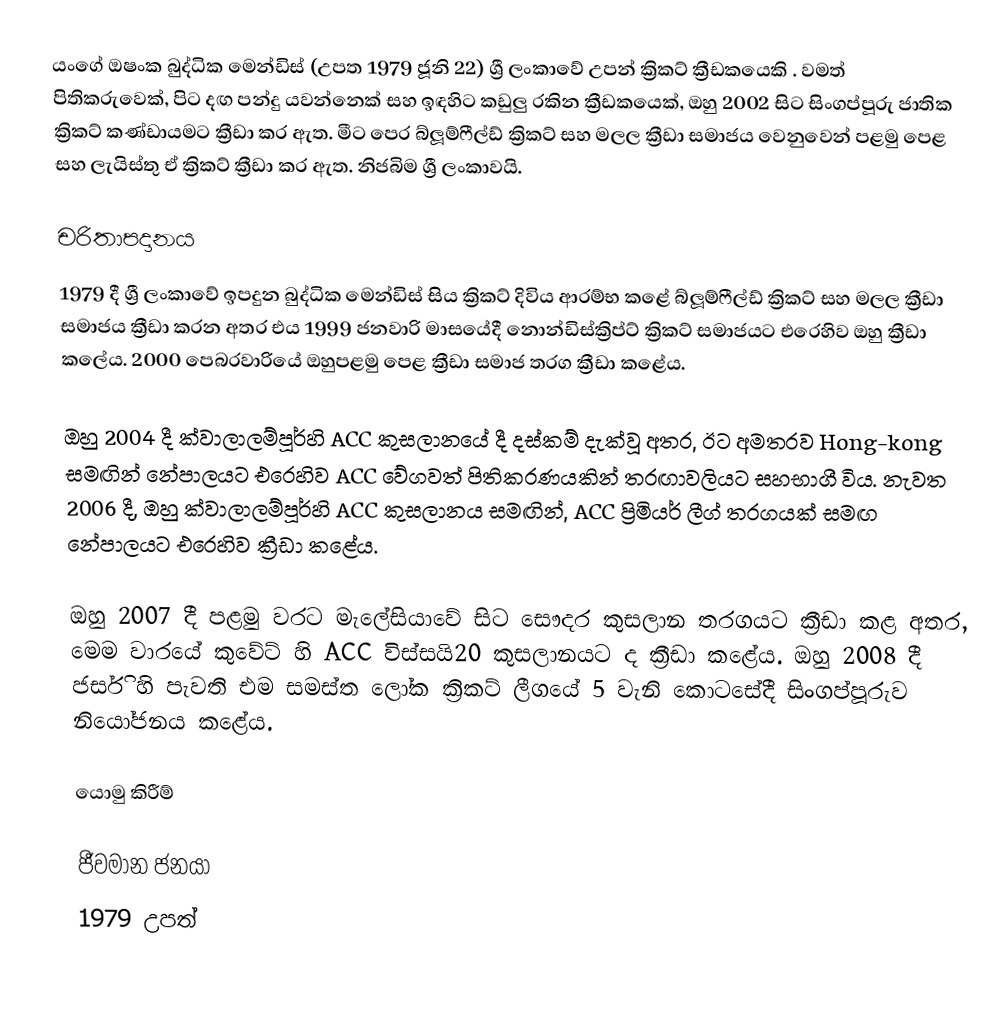
යංගේ ඔෂංක බුද්ධික මෙන්ඩිස් (උපත 1979 ජූනි 22)  ශ්‍රී ලංකාවේ උපන් ක්‍රිකට් ක්‍රීඩකයෙකි .  වමත් පිතිකරුවෙක්, පිට දඟ පන්දු යවන්නෙක් සහ ඉඳහිට කඩුලු රකින ක්‍රීඩකයෙක්,  ඔහු 2002 සිට සිංගප්පූරු ජාතික ක්‍රිකට් කණ්ඩායමට ක්‍රීඩා කර ඇත.  මීට පෙර බ්ලූම්ෆීල්ඩ් ක්‍රිකට් සහ මලල ක්‍රීඩා සමාජය වෙනුවෙන් පළමු පෙළ සහ ලැයිස්තු ඒ ක්‍රිකට් ක්‍රීඩා කර ඇත. නිජබිම ශ්‍රී ලංකාවයි.

චරිතාපදානය
1979 දී ශ්‍රී ලංකාවේ ඉපදුන බුද්ධික මෙන්ඩිස් සිය ක්‍රිකට් දිවිය ආරම්භ කළේ බ්ලූම්ෆීල්ඩ් ක්‍රිකට් සහ මලල ක්‍රීඩා සමාජය ක්‍රීඩා කරන අතර එය 1999 ජනවාරි මාසයේදී නොන්ඩිස්ක්‍රිප්ට් ක්‍රිකට් සමාජයට එරෙහිව ඔහු ක්‍රීඩා කලේය. 2000 පෙබරවාරියේ ඔහුපළමු පෙළ ක්‍රීඩා සමාජ තරග ක්‍රීඩා කළේය.

ඔහු 2004 දී ක්වාලාලම්පූර්හි ACC කුසලානයේ දී දස්කම් දැක්වූ අතර, ඊට අමතරව Hong-kong සමඟින් නේපාලයට එරෙහිව ACC වේගවත් පිතිකරණයකින් තරඟාවලියට සහභාගී විය. නැවත 2006 දී, ඔහු ක්වාලාලම්පූර්හි ACC කුසලානය සමඟින්, ACC ප්‍රිමියර් ලීග් තරගයක් සමඟ නේපාලයට එරෙහිව ක්‍රීඩා කළේය.

ඔහු 2007 දී පළමු වරට මැලේසියාවේ සිට සෞදර කුසලාන තරගයට ක්‍රීඩා කළ අතර, මෙම වාරයේ කුවේට් හි ACC විස්සයි20 කුසලානයට ද ක්‍රීඩා කළේය. ඔහු 2008 දී ජර්සි හි පැවති එම සමස්ත ලෝක ක්‍රිකට් ලීගයේ 5 වැනි කොටසේදී සිංගප්පූරුව නියෝජනය කළේය.

යොමු කිරීම්

ජීවමාන ජනයා
1979 උපත්